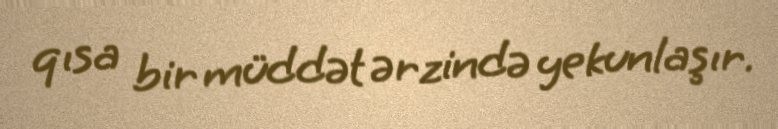
qısa bir müddət ərzində yekunlaşır.